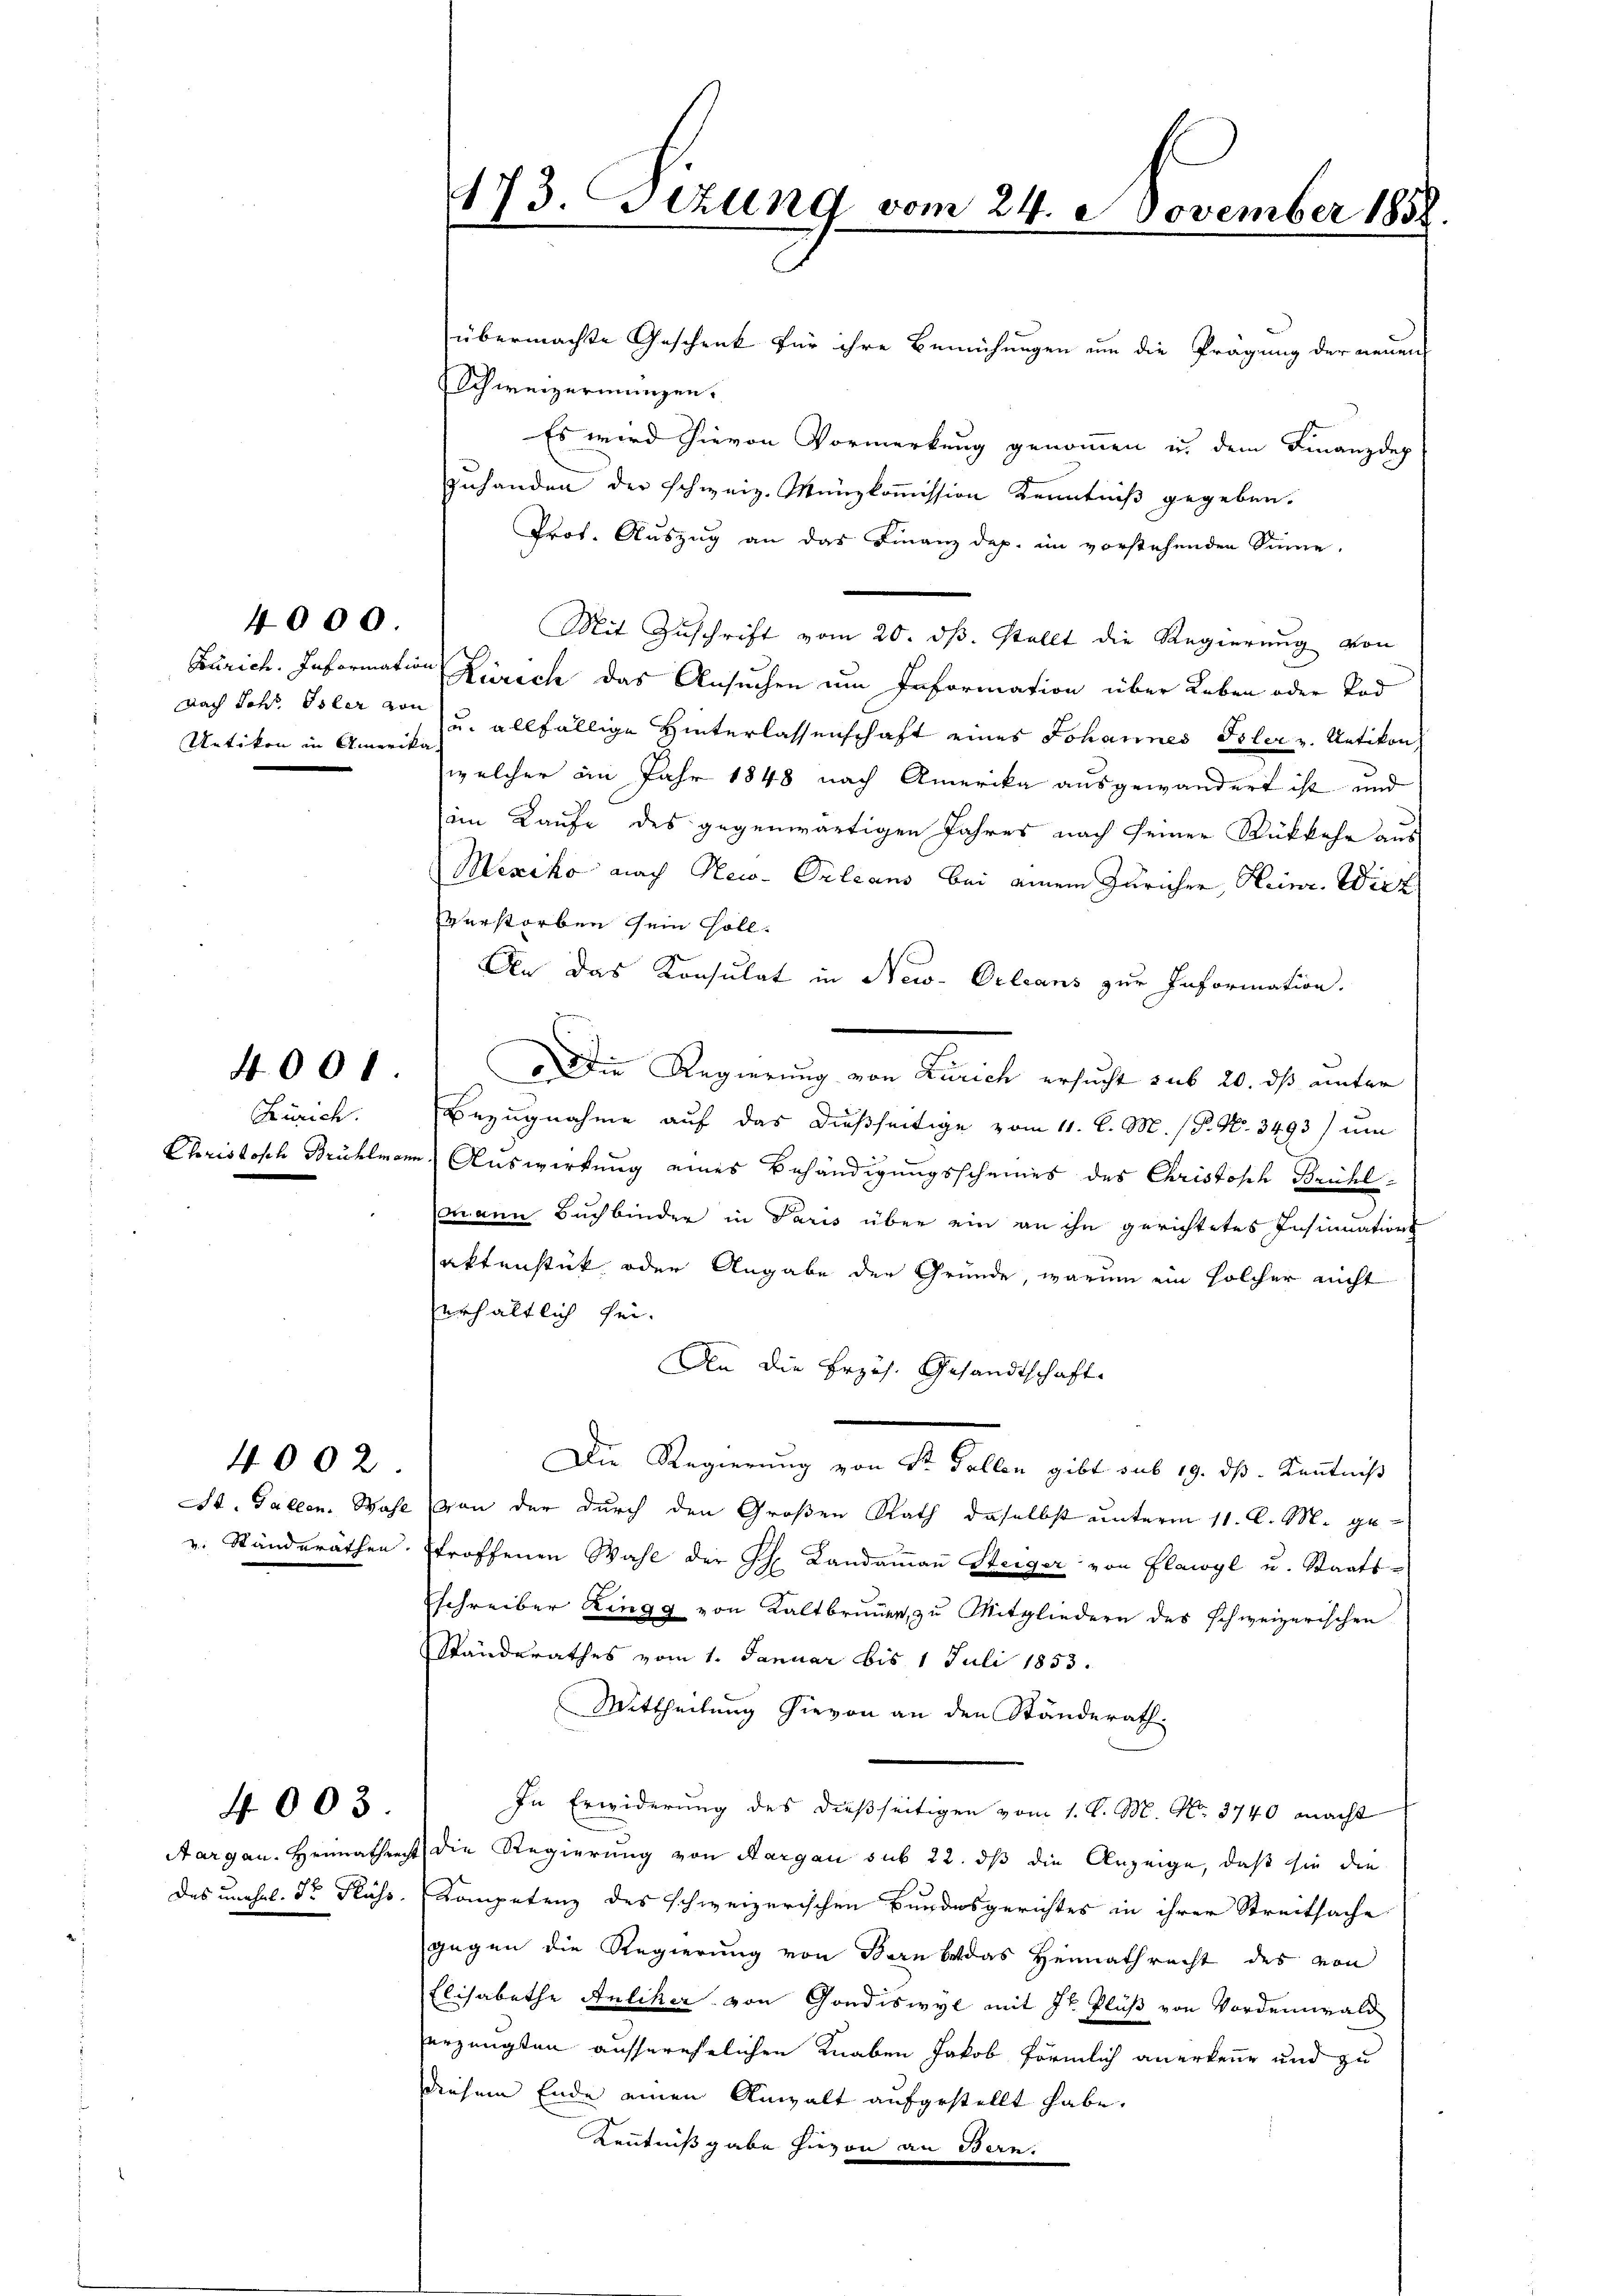
nach Johs. Isler von
Uetikon in Amerika

400

4000.

Zürich.

St. Gallen. Wahl
v. Standeräthen.

4002.

Das unehel. Dr Fluss.

4003.

173. Sizung vom 24. November 1855

übermachte Geschenk für ihre Bemühungen um die Prägung der neuen
Schweizermangen.
Es wird hievon Vormerkung genommen u. dem Finanzdep
zuhanden der schweiz. Münzkommission Kenntniß gegeben.
Prot. Auszug an das Finanz dep. im vorstehenden Sinne,
Mit Zuschrift vom 20. ds. stellt die Regierung von
Zürich. Information Zürich das Ansuchen um Information über Leben oder Tod
u. allfällige Hinterlassenschaft eines Johannes Toler u. Uetikon,
welcher im Jahr 1848 nach Amerika ausgewandert ist und
im Kaufe des gegenwärtigen Jahres nach seiner Rückkehr aus
Mexiko nach New-Orleans bei einem Züricher, Heinr. Wirz
Verstorben sein soll.
An das Konsulat in New-Orleans zur Information.
o Die Regierung von Zürich ersucht sub 20. dß unter
Bezugnahme auf das dießseitige vom 11. l. M. / P. Nr. 3493) um
Chriskosch Bühlmann Auswirkung eines Behändigungsscheines des Christisch Brühlmann Buchbinder in Paris über ein an ihn gerichtetes Insinuations
aktenstück oder Angabe der Gründe, warum ein solcher nicht
erhältlich sei.
An die Erzäh. Gesandtschaft
.
Die Regierung von Sr. Gallen gibt sub 19. ds. Kenntniß
von der durch den Großen Rath daselbst unterm 11. A. M. getroffenen Wahl der H. Landaṁaṅ Steiger von Flawyl u. Staats-
schreiber Zingg von Kaltbrunnen, zu Mitgliedern des schweizerischen
Standerathes vom 1. Januar bis 1 Juli 1853.
Mittheilung hievon an den Ständerath
In Erwiderung des dießseitigen vom 1. d. M. No. 3740 macht
Aargau. Heimathenst die Regierung von Aargau sub 22. dß die Anzeige, daß sie die
Kompetenz des schweizerischen Bundesgerichtes in ihrer Streitsache
gegen die Regierung von Bern bedas Heimathrecht des von
Elisabethe Anliker von Gondiswyl mit Hr. Fluß von Vordemwald
erzeugten ausserehelichen Knaben Jakob förmlich anerkenne und zu
diesem Ende einen Anwalt aufgestellt habe.
Kenntnißgabe hievon an Bern.

.